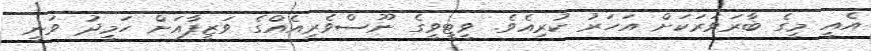
އެއީ މީގެ ބާރަވަރަކަށް އަހަރު ކުރިއެވެ. ވީޓީވީގެ ނޫސްވެރިއެއްގެ ވަޒީފާއަށް ހަމީދު ވަނީ